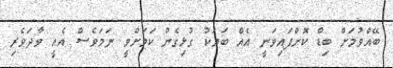
ބޭއްވުމަށް ބިޑް ކޮށްފައިވަނީ އެއް ބަޔަކު ގުޅިގެން ކަމަށްވީ ނަމަވެސް އެއީ ވާދަވެރި